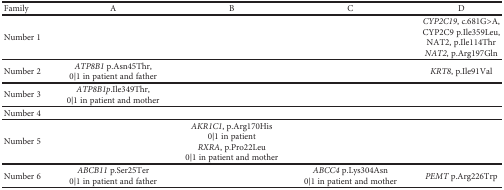
| Family | A | B | C | D |
 | --- | --- | --- | --- | --- |
 | Number 1 |  |  |  | CYP2C19, c.681G>A, CYP2C9 p.Ile359Leu, NAT2, p.Ile114ThrNAT2, p.Arg197Gln |
 | Number 2 | ATP8B1 p.Asn45Thr, 0|1 in patient and father |  |  | KRT8, p.Ile91Val |
 | Number 3 | ATP8B1p.Ile349Thr, 0|1 in patient and mother |  |  |  |
 | Number 4 |  |  |  |  |
 | Number 5 |  | AKR1C1, p.Arg170His 0|1 in patientRXRA, p.Pro22Leu 0|1 in patient and mother |  |  |
 | Number 6 | ABCB11 p.Ser25Ter 0|1 in patient and father |  | ABCC4 p.Lys304Asn 0|1 in patient and mother | PEMT p.Arg226Trp |